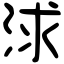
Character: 浗